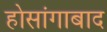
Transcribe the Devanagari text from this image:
होसांगाबाद